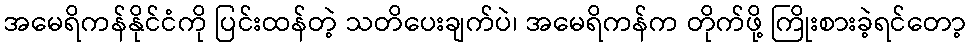
အမေရိကန်နိုင်ငံကို ပြင်းထန်တဲ့ သတိပေးချက်ပဲ၊ အမေရိကန်က တိုက်ဖို့ ကြိုးစားခဲ့ရင်တော့